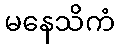
မနေသိကံ